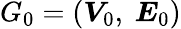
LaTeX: G_{0}=\left(\boldsymbol{V}_{0},\ \boldsymbol{E}_{0}\right)